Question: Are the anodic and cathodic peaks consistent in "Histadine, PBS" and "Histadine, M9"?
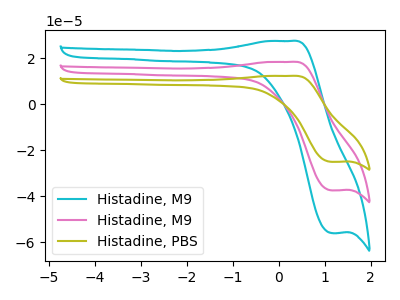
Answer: <think>The cyan curve "Histadine, M9" has an anodic peak at (0.25V, 36.70uA) and a cathodic peak at (1.15V, -74.90uA). The pink curve "Histadine, M9" has an anodic peak at (0.25V, 18.35uA) and a cathodic peak at (1.15V, -37.45uA). The olive curve "Histadine, PBS" has an anodic peak at (0.25V, 12.25uA) and a cathodic peak at (1.15V, -25.05uA).</think>
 <answer>Yes, "Histadine, PBS" have a peak in "Histadine, M9" at the same potential.</answer>
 <eval>match</eval>